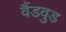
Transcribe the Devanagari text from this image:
वैंडवुड